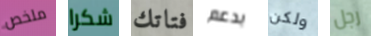
ملخص شكرا فتاتك بدعم ولكن رجل